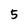
Character: 5